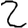
Digit: 2